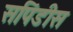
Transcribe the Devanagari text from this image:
सपिंडीस